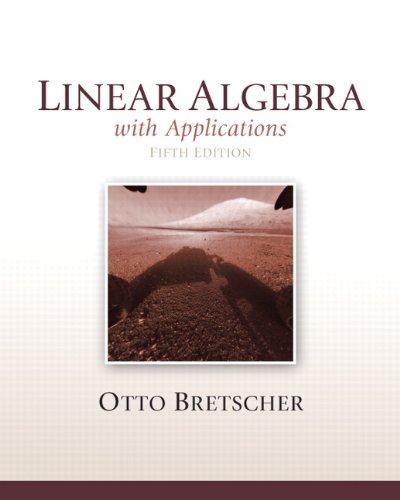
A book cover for Linear Algebra with Applications, 5th Edition; Otto Bretscher; Science & Math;